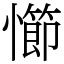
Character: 㦢